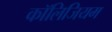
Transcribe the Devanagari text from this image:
कॉलिजियम